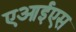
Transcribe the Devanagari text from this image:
एआईएस